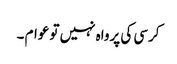
کرسی کی پرواہ نہیں تو عوام ۔